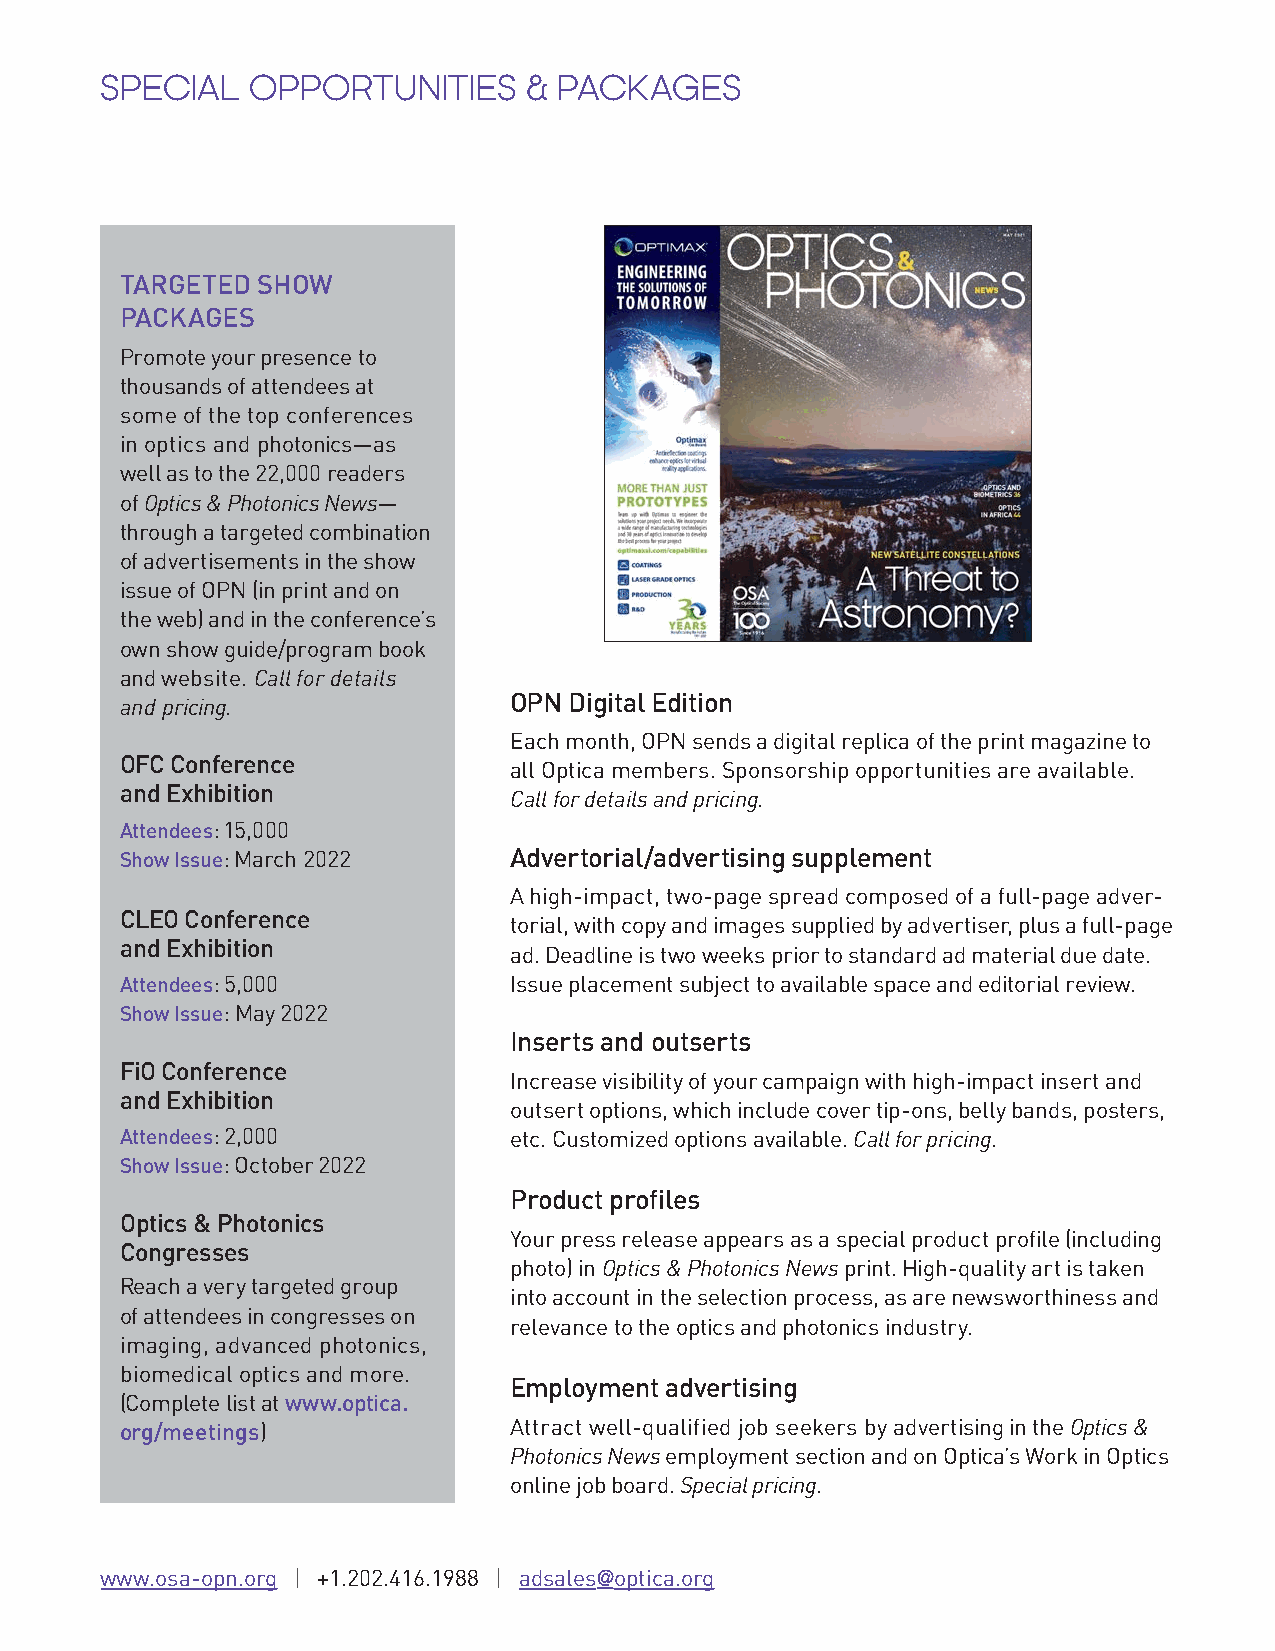
SPECIAL   OPPORTUNITIES     & PACKAGES
 TARGETED SHOW
 PACKAGES
 Promote your presence to
 thousands of attendees at
 some of the top con ferences
 in optics and photonics—as
 well as to the 22,000 readers
 of Optics & Photonics News—
 through a targeted combination
 of advertisements in the show
 issue of OPN (in print and on
 the web) and in the conference’s
 own show guide/program book
 and website. Call for details
 OPN Digital Edition
 and pricing.
 Each month, OPN sends a digital replica of the print magazine to
 OFC Conference
 all Optica members. Sponsorship opportunities are available.
 and Exhibition
 Call for details and pricing.
 Attendees: 15,000
 Show Issue: March 2022    Advertorial/advertising supplement
 A high-impact, two-page spread composed of a full-page adver-
 CLEO Conference
 torial, with copy and images supplied by advertiser, plus a full-page
 and Exhibition
 ad. Deadline is two weeks prior to standard ad material due date.
 Attendees: 5,000          Issue placement subject to available space and editorial review.
 Show Issue: May 2022
 Inserts and outserts
 FiO Conference
 Increase visibility of your campaign with high-impact insert and
 and Exhibition
 outsert options, which include cover tip-ons, belly bands, posters,
 Attendees: 2,000          etc. Customized options available. Call for pricing.
 Show Issue: October 2022
 Product profiles
 Optics & Photonics
 Your press release appears as a special product profile (including
 Congresses
 photo) in Optics & Photonics News print. High-quality art is taken
 Reach a very targeted group
 into account in the selection process, as are newsworthiness and
 of attendees in congresses on
 relevance to the optics and photonics industry.
 imaging, advanced photonics,
 biomedical optics and more.
 Employment advertising
 (Complete list at www.optica.
 org/meetings)             Attract well-qualified job seekers by advertising in the Optics &
 Photonics News employment section and on Optica’s Work in Optics
 online job board. Special pricing.
 www.osa-opn.org | +1.202.416.1988 | adsales@optica.org